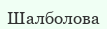
Шалболова